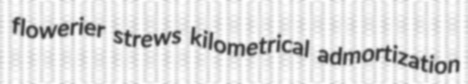
flowerier strews kilometrical admortization